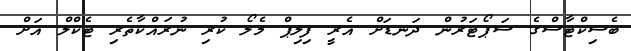
ބެސިކްޓާސްގެ ސަޕޯޓަރުން ދަނޑަށް އެރީ ފިލިޕް މެލޯ ކުރި ނުރައްކާތެރި ޓެކްލް އަށް